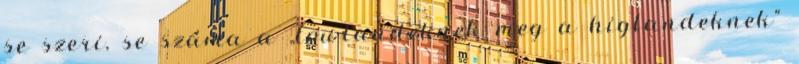
se szeri, se száma a „lowlandeknek meg a higlandeknek”